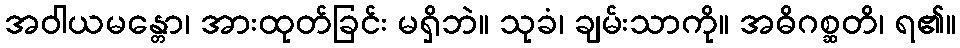
အဝါယမန္တော၊ အားထုတ်ခြင်း မရှိဘဲ။ သုခံ၊ ချမ်းသာကို။ အဓိဂစ္ဆတိ၊ ရ၏။